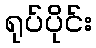
ရုပ်ပိုင်း